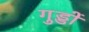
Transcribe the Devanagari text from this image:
गुड्डों